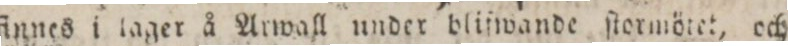
ſinnes i lager å Atwall under bliſwande ſlormötet, och